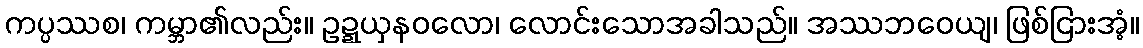
ကပ္ပဿစ၊ ကမ္ဘာ၏လည်း။ ဥဍ္ဍယှနဝလော၊ လောင်းသောအခါသည်။ အဿဘဝေယျ၊ ဖြစ်ငြားအံ့။